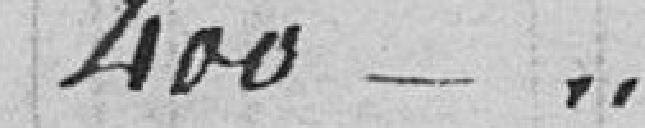
400